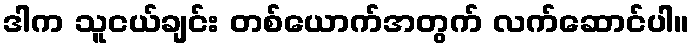
ဒါက သူငယ်ချင်း တစ်ယောက်အတွက် လက်ဆောင်ပါ။